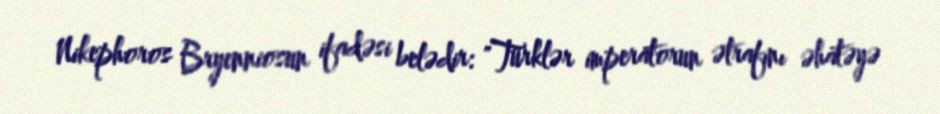
Nikephoros Bryenniosun ifadəsi belədir: "Türklər imperatorun ətrafını əhatəyə